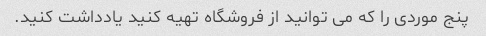
پنج موردی را که می توانید از فروشگاه تهیه کنید یادداشت کنید.